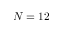
N = 1 2